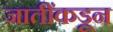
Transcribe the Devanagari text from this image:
जातींकडून